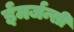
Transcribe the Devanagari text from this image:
ईमर्जन्सी